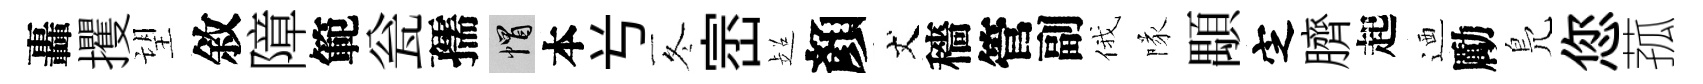
轟攫望敘障範瓮孺帽本𠔃冬崈超顏丈穡管副俄隊顒㝎臍起迺勵鳬您菰